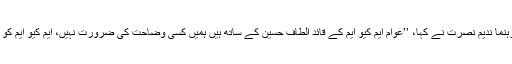
اس پریس کانفرنس میں ایم کیو ایم کے رہنما ندیم نصرت نے کہا، ’’عوام ایم کیو ایم کے قائد الطاف حسین کے ساتھ ہیں ہمیں کسی وضاحت کی ضرورت نہیں، ایم کیو ایم کو تقسیم کرنے کی یہ کوشش نئی نہیں ہے۔